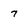
Character: 7